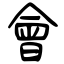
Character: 會